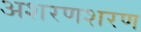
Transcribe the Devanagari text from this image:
अशरणशरण